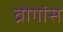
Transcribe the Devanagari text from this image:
ब्रोगांस